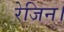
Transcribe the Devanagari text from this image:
रेजिन।